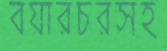
বয়ারচরসহ